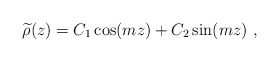
\begin{align*}{\widetilde \rho}(z)=C_1 \cos(mz)+C_2 \sin(mz)~,\end{align*}